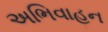
અભિવાહન